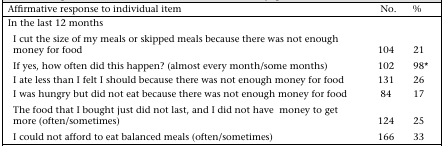
<table><thead><tr><td><b>Affirmative response to individual item</b></td><td><b>No.</b></td><td><b>%</b></td></tr></thead><tbody><tr><td colspan="3">In the last 12 months</td></tr><tr><td>I cut the size of my meals or skipped meals because there was not enough money for food</td><td>104</td><td>21</td></tr><tr><td>If yes, how often did this happen? (almost every month/some months)</td><td>102</td><td>98*</td></tr><tr><td>I ate less than I felt I should because there was not enough money for food</td><td>131</td><td>26</td></tr><tr><td>I was hungry but did not eat because there was not enough money for food</td><td>84</td><td>17</td></tr><tr><td>The food that I bought just did not last, and I did not have money to get more (often/sometimes)</td><td>124</td><td>25</td></tr><tr><td>I could not afford to eat balanced meals (often/sometimes)</td><td>166</td><td>33</td></tr></tbody></table>